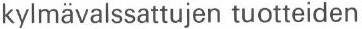
kylmävalssattujen tuotteiden